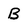
Character: B